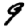
Digit: 9